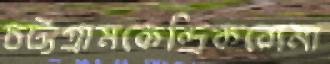
চট্টগ্রামকেন্দ্রিকরোমা